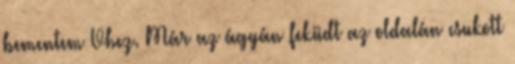
bementem Vhez. Már az ágyán feküdt az oldalán csukott